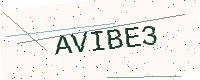
Text: AVIBE3